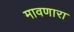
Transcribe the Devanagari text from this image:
मावणारा